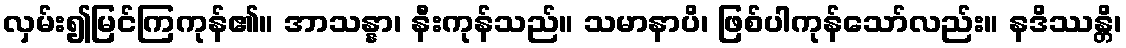
လှမ်း၍မြင်ကြကုန်၏။ အာသန္နာ၊ နီးကုန်သည်။ သမာနာပိ၊ ဖြစ်ပါကုန်သော်လည်း။ နဒိဿန္တိ၊